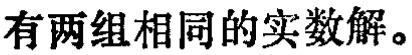
有两组相同的实数解。